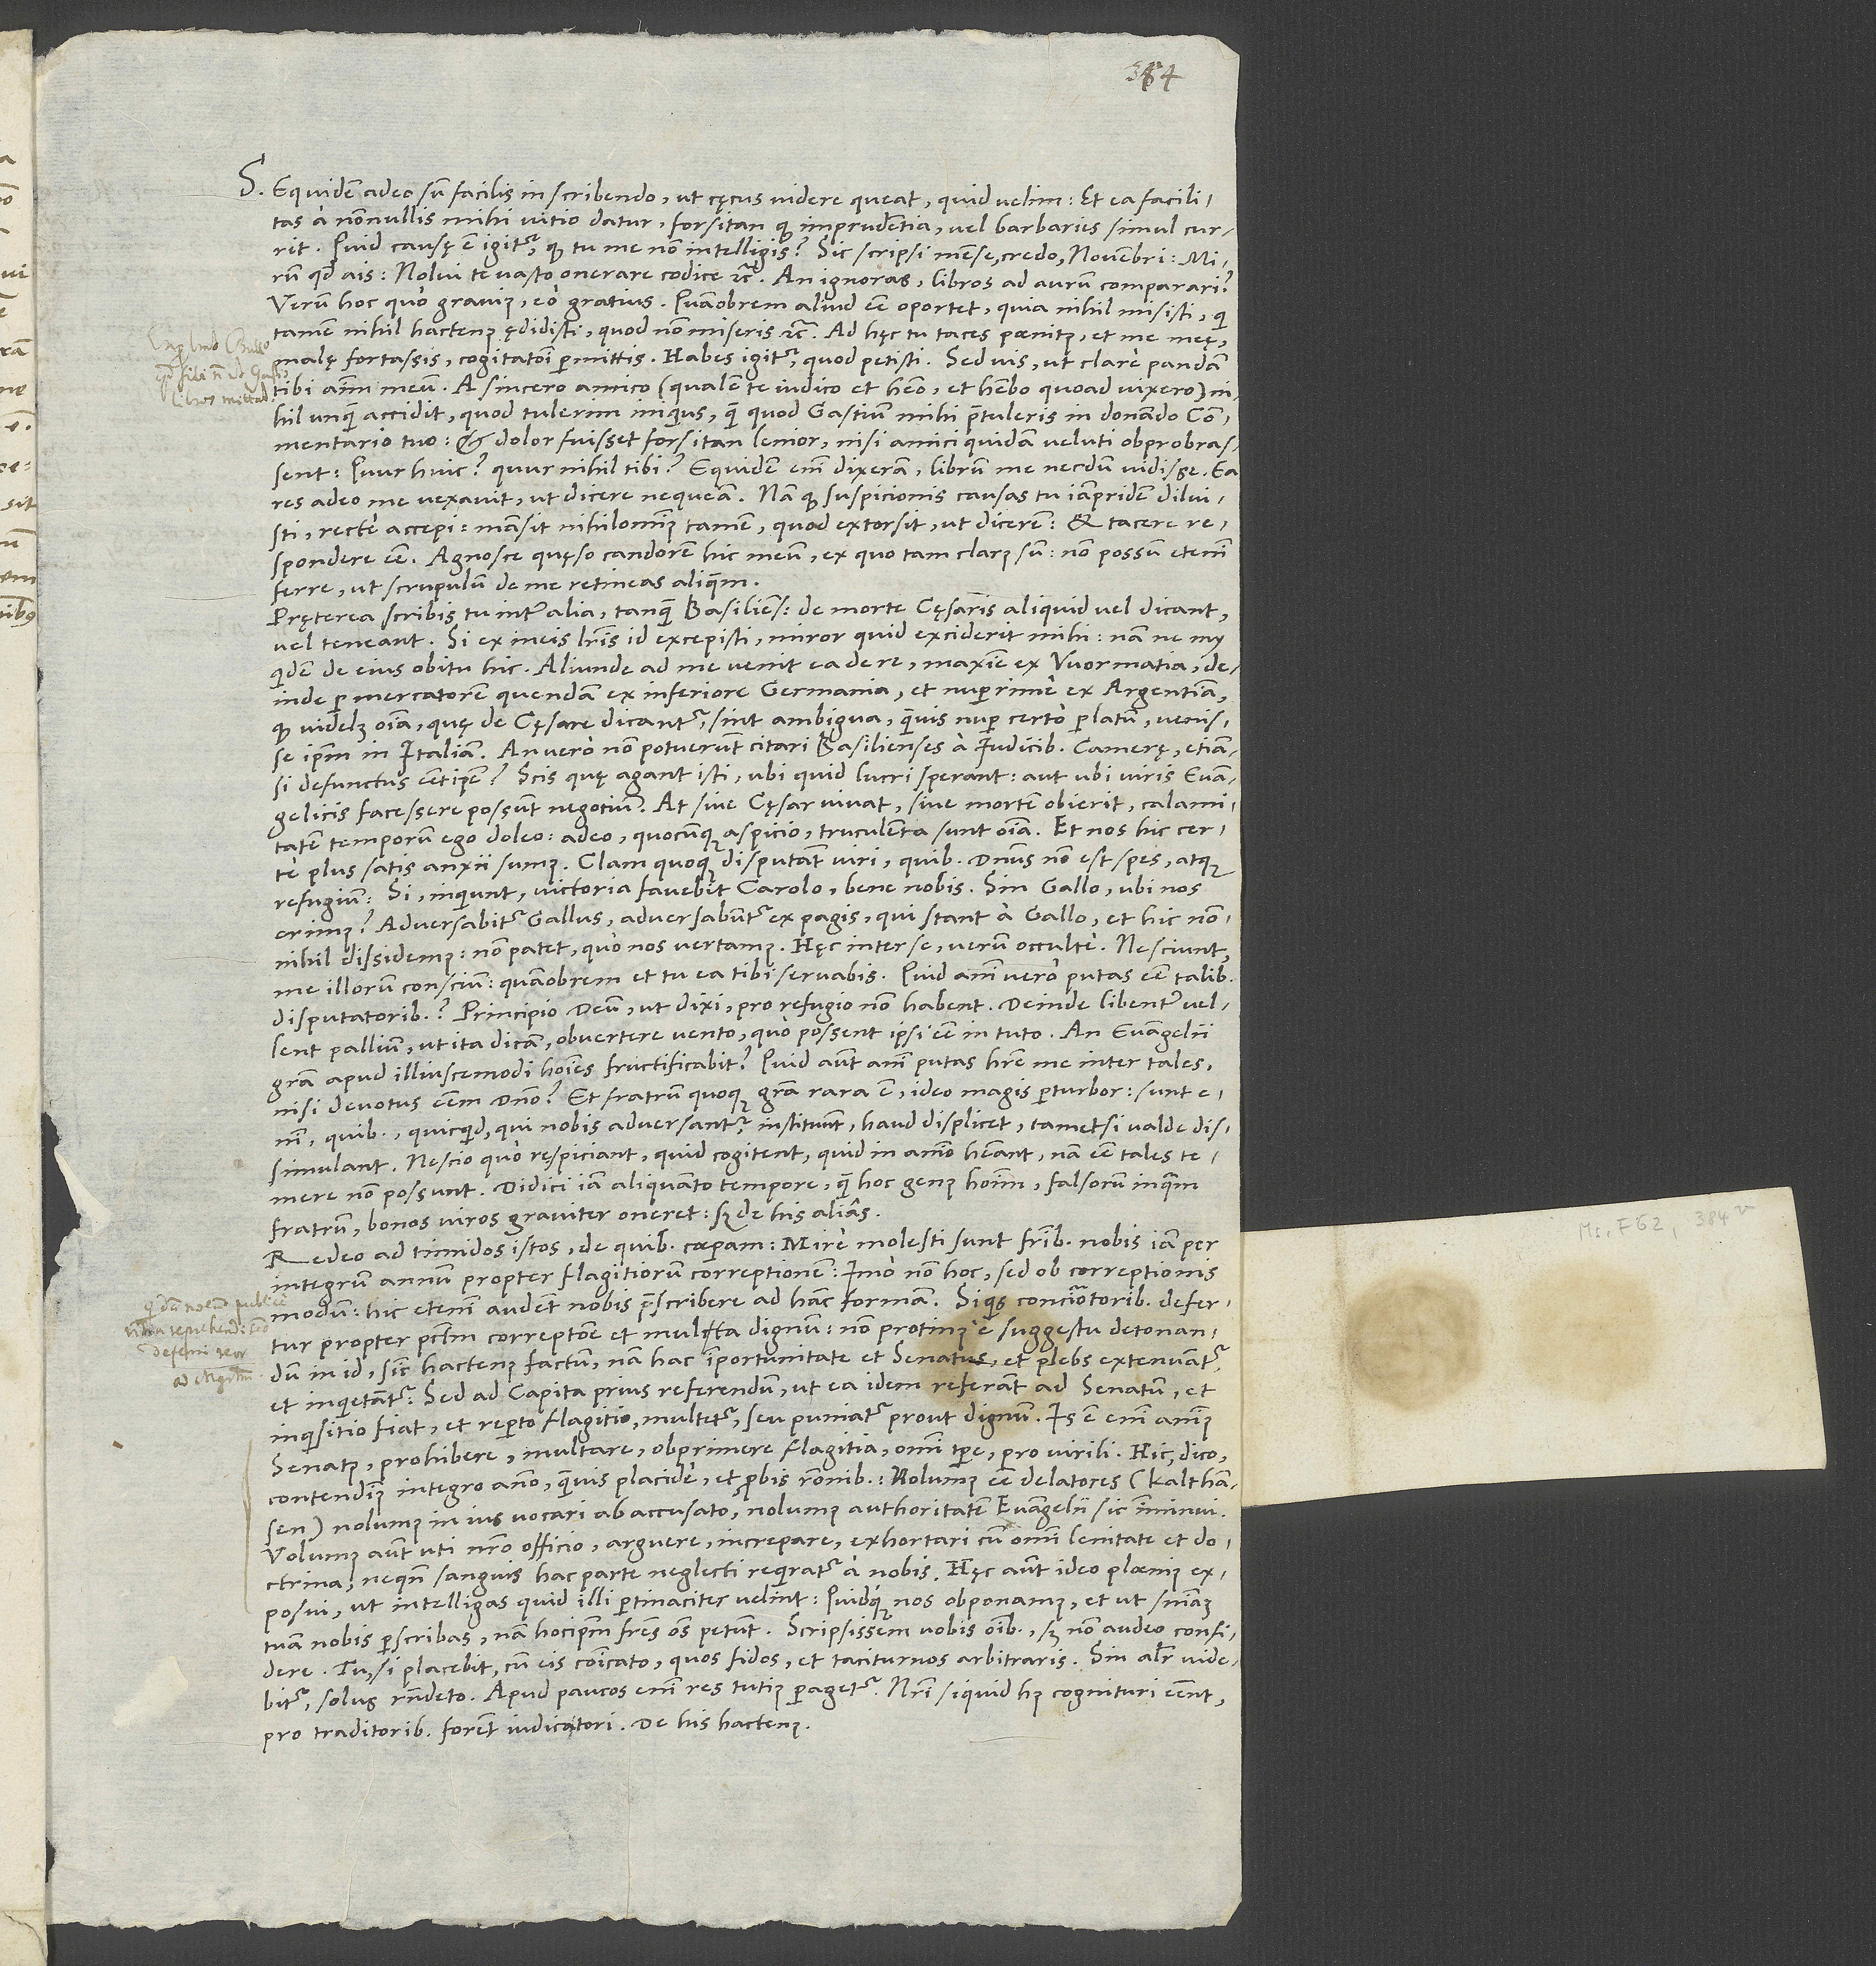
S. Equidem adeo sum facilis in scribendo, ut cęcus videre queat, quid velim, et ea facilitas
a nonnullis mihi vitio datur, forsitan, quod imprudentia vel barbarus simul currit.
Quid causę est igitur, quod tu me non intelligis? Sic scripsi mense, credo, novembri: „Mirum,
quod ais: ’Nolui te vasto onerare codice’ etc. An ignoras libros ad aurum comparari?
Verum hoc, quo gravius, eo gratius. Quamobrem aliud esse oportet, quia nihil misisti, qui
tamen nihil hactenus ędidisti, quod non miseris etc.“ Ad hęc tu taces paenitus et me meę
Tuus
malę fortassis - cogitationi permittis. Habes igitur, quod petisti; sed vis, ut clare pandam
tibi animum meum. A sincero amico (qualem te iudico et habeo et habebo, quoad vixero)
nihil unquam accidit, quod tulerim iniquius, quam quod Gastium mihi praetuleris in donando
commentario tuo, et dolor fuisset forsitan lenior, nisi amici quidam veluti obprobrassent:
Quur nihil tibi?“ Equidem enim dixeram librum me necdum vidisse. Ea
res adeo me vexavit, ut dicere nequeam. Nam quod suspicionis causas tu iampridem diluisti,
recte accepi; mansit nihilominus tamen, quod extorsit, ut dicerem et tacere
respondere esse. Agnosce, quęso, candorem hic meum, ex quo tam clarus sum; non possum etenim
ferre, ut scrupulum de me retineas aliquem.
Pręterea scribis tu inter alia, tanquam Basilienses de morte cęsaris aliquid vel dicant
vel teneant. Si ex meis literis id excepisti, miror, quid exciderit mihi; nam ne my
quidem de eius obitu hic. Aliunde ad me venit ea de re, maxime ex Wormatia,
deinde per mercatorem quendam ex Inferiore Germania et nuperrime ex Argentina,
quod videlicet omnia, quę de cęsare dicantur, sint ambigua, quamvis nuper certo perlatum venisse
defunctus esset ipse? Scis, quę agant isti, ubi quid lucri sperant aut ubi viris evangelicis
facessere possunt negotium. At sive cęsar vivat, sive mortem obierit, calamitatem
temporum ego doleo; adeo, quocunque aspicio, truculenta sunt omnia. Et nos hic certe
plus satis anxii sumus. Clam quoque disputant viri, quibus dominus non est spes atque
refugium: „Si“, inquiunt, „victoria favebit Carolo, bene nobis; sin Gallo, ubi nos
erimus? Adversabitur Gallus, adversabuntur ex pagis, qui stant a Gallo, et hic
nonnihil dissidemus; non patet, quo nos vertamus.“ Hęc inter se, verum occulte; nesciunt
me illorum conscium, quamobrem et tu ea tibi servabis. Quid animi vero putas esse talibus
disputatoribus? Principio deum, ut dixi, pro refugio non habent. Deinde libenter vellent
pallium, ut ita dicam, obvertere vento, quo possent ipsi esse in tuto. An evangelii
gratia apud illiuscemodi homines fructificabit? Quid autem animi putas habere me inter tales,
nisi devotus essem domino? Et fratrum quoque gratia rara est; ideo magis perturbor. Sunt
quibus, quicquid, qui nobis adversantur, instituunt, haud displicet, tametsi valde dissimulant.
Nescio, quo respiciant, quid cogitent, quid in animo habeant; nam esse tales temere
non possunt. Didici iam aliquanto tempore, quam hoc genus hominum, falsorum inquam
fratrum, bonos viros graviter oneret; sed de his alias.
Redeo ad timidos istos, de quibus coeperam. Mire molesti sunt fratribus nobis iam per
integrum annum propter flagitiorum correptionem, imo non hoc, sed ob correptionis
modum; hic etenim audent nobis praescribere ad hanc formam: Si quis concionatoribus defertur
propter peccatum correptione et multa dignum, non protinus e suggestu detonandum
in id, sicut hactenus factum; nam hac importunitate et senatus et plebs extenuantur
et inquietantur, sed ad capita prius referendum, ut ea idem referant ad senatum et
inquisitio fiat et reperto flagitio multetur seu puniatur, prout dignum. Is est enim animus
senatus: prohibere, multare, obprimere flagitia omni tempore pro virili. Hic, dico,
contendimus integro anno, quamvis placide et probis rationibus; nolumus esse delatores (kalthansen),
nolumus in ius vocari ab accusato, nolumus authoritatem evangelii sic imminui.
Volumus autem uti nostro officio, arguere, increpare, exhortari cum omni lenitate et
doctrina, ne quando sanguis hac parte neglecti requiratur a nobis. Hęc autem ideo plaenius
exposui, ut intelligas, quid illi pertinaciter velint quidque nos obponamus, et ut sententiam
tuam nobis perscribas; nam hocipsum fratres omnes petunt. Scripsissem vobis omnibus; sed non audeo confidere.
Tu, si placebit, cum eis communicato, quos fidos et taciturnos arbitraris. Sin aliter videbitur,
pro traditoribus forent iudicaturi. De his hactenus.